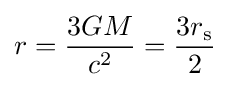
r={\frac {3GM}{c^{2}}}={\frac {3r_{\text{s}}}{2}}